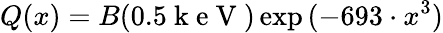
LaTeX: Q(x)=B(0.5\mathrm{~k~e~V~})\exp{(-693\cdot x^{3})}